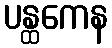
ပန္ထကေန